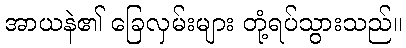
အာယနဲ၏ ခြေလှမ်းများ တုံ့ရပ်သွားသည်။